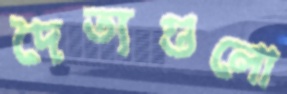
দৈত্যগুলো